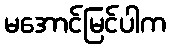
မအောင်မြင်ပါက